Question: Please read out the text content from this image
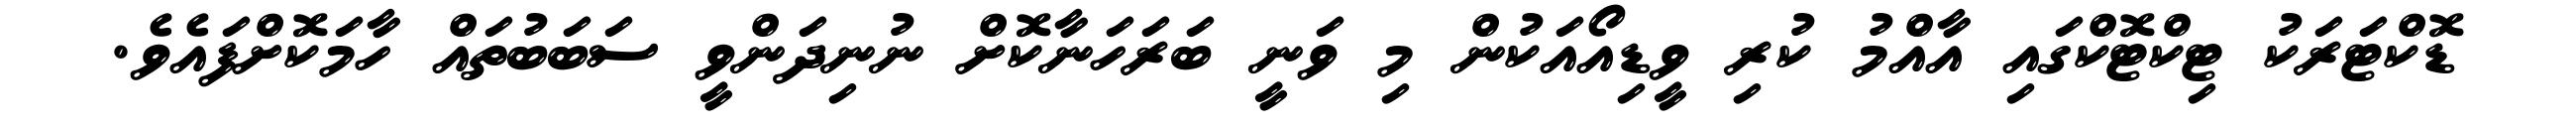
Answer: ޑޮކްޓަރަކު ޓިކްޓޮކްގައި އާއްމު ކުރި ވީޑިއޯއަކުން މި ވަނީ ބަރަހަނާކޮށް ނުނިދަންވީ ސަބަބުތައް ހާމަކޮށްފައެވެ.